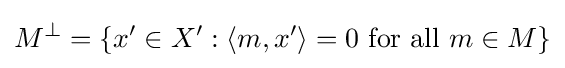
M^{\bot }=\left\{x^{\prime }\in X^{\prime }:\left\langle m,x^{\prime }\right\rangle =0{\text{ for all }}m\in M\right\}